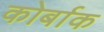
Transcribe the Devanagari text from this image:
कोर्बाक